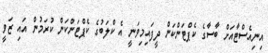
އިނިއެސްޓާއަށް ބާސާގެ ކެޕްޓަންކަން ދީފައިމިވަނީ އެ ކްލަބުގެ ކެޕްޓަންކަން ކުރަމުން އައި ޒަވީ